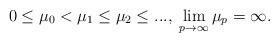
LaTeX: \begin{align*}0\le \mu_{0}<\mu_{1}\le\mu_{2}\le...,\;\lim_{p\to\infty}\mu_{p}=\infty.\end{align*}